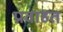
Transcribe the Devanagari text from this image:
प्रवाहत